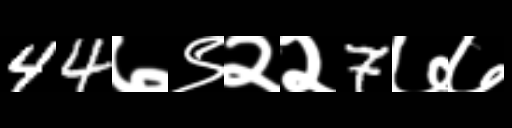
Text: 44७९२२7७७